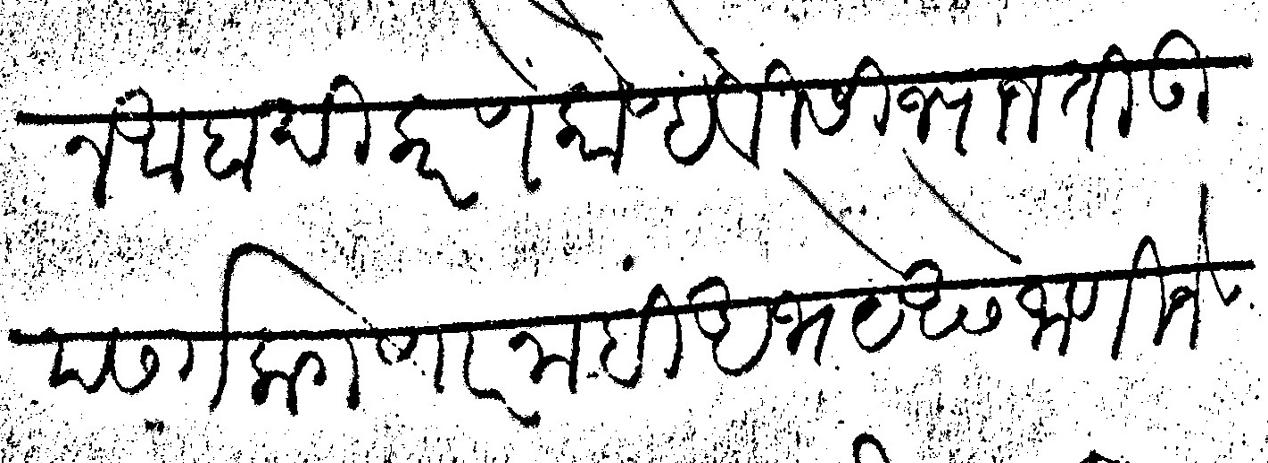
Transliteration (Devanagari): करून आबादी करणे कोण्हेविसी ज्याजती उपसर्ग लागणार नाही अभये असे जाणिजे